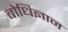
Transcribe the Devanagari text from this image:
बोधिज्ञान